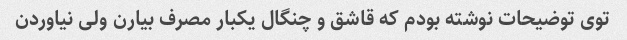
توی توضیحات نوشته بودم که قاشق و چنگال یکبار مصرف بیارن ولی نیاوردن